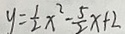
y = \frac { 1 } { 2 } x ^ { 2 } - \frac { 5 } { 2 } x + 2